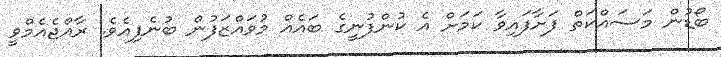
ބޯޑުން މަސައްކަތް ފަށާފައިވާ ކަމަށް އެ ކުންފުނީގެ ބައެއް މުވަައްޒަފުން ބުނެފިއެވެ. ރާއްޖެއެމްވީ